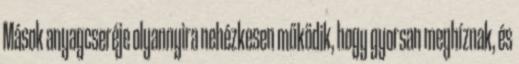
Mások anyagcseréje olyannyira nehézkesen működik, hogy gyorsan meghíznak, és